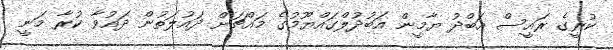
ކުރީގެ ރައީސް އަބްދު ޔާމީން އަބުދުލްގައްޔޫމުގެ މައްޗަށް ދައުލަތުން ދައުވާ ކުރާ މަނީ